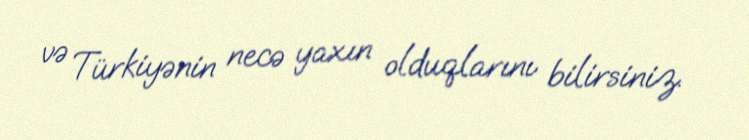
və Türkiyənin necə yaxın olduqlarını bilirsiniz.